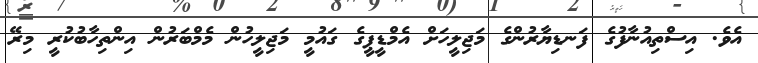
އެވެ. އިސްތިއުނާފުގެ ފަނޑިޔާރުންގެ މަޖިލީހަށް އެމްޑީޕީގެ ގައުމީ މަޖިލީހުން މެމްބަރުން އިންތިހާބުކުރީ މިރޭ